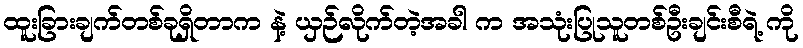
ထူးခြားချက်တစ်ခုရှိတာက နဲ့ ယှဉ်လိုက်တဲ့အခါ က အသုံးပြုသူတစ်ဦးချင်းစီရဲ့ ကို